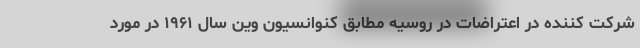
شرکت کننده در اعتراضات در روسیه مطابق کنوانسیون وین سال ۱۹۶۱ در مورد